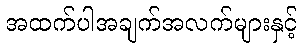
အထက်ပါအချက်အလက်များနှင့်